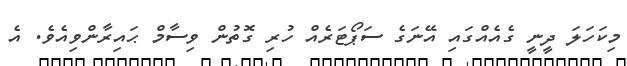
މިކަހަލަ ދީނީ ގެއެއްގައި އޭނަގެ ސަޕޯޓަރެއް ހުރި ގޮތުން ވިސާމް ޙައިރާންވިއެވެ. އެ